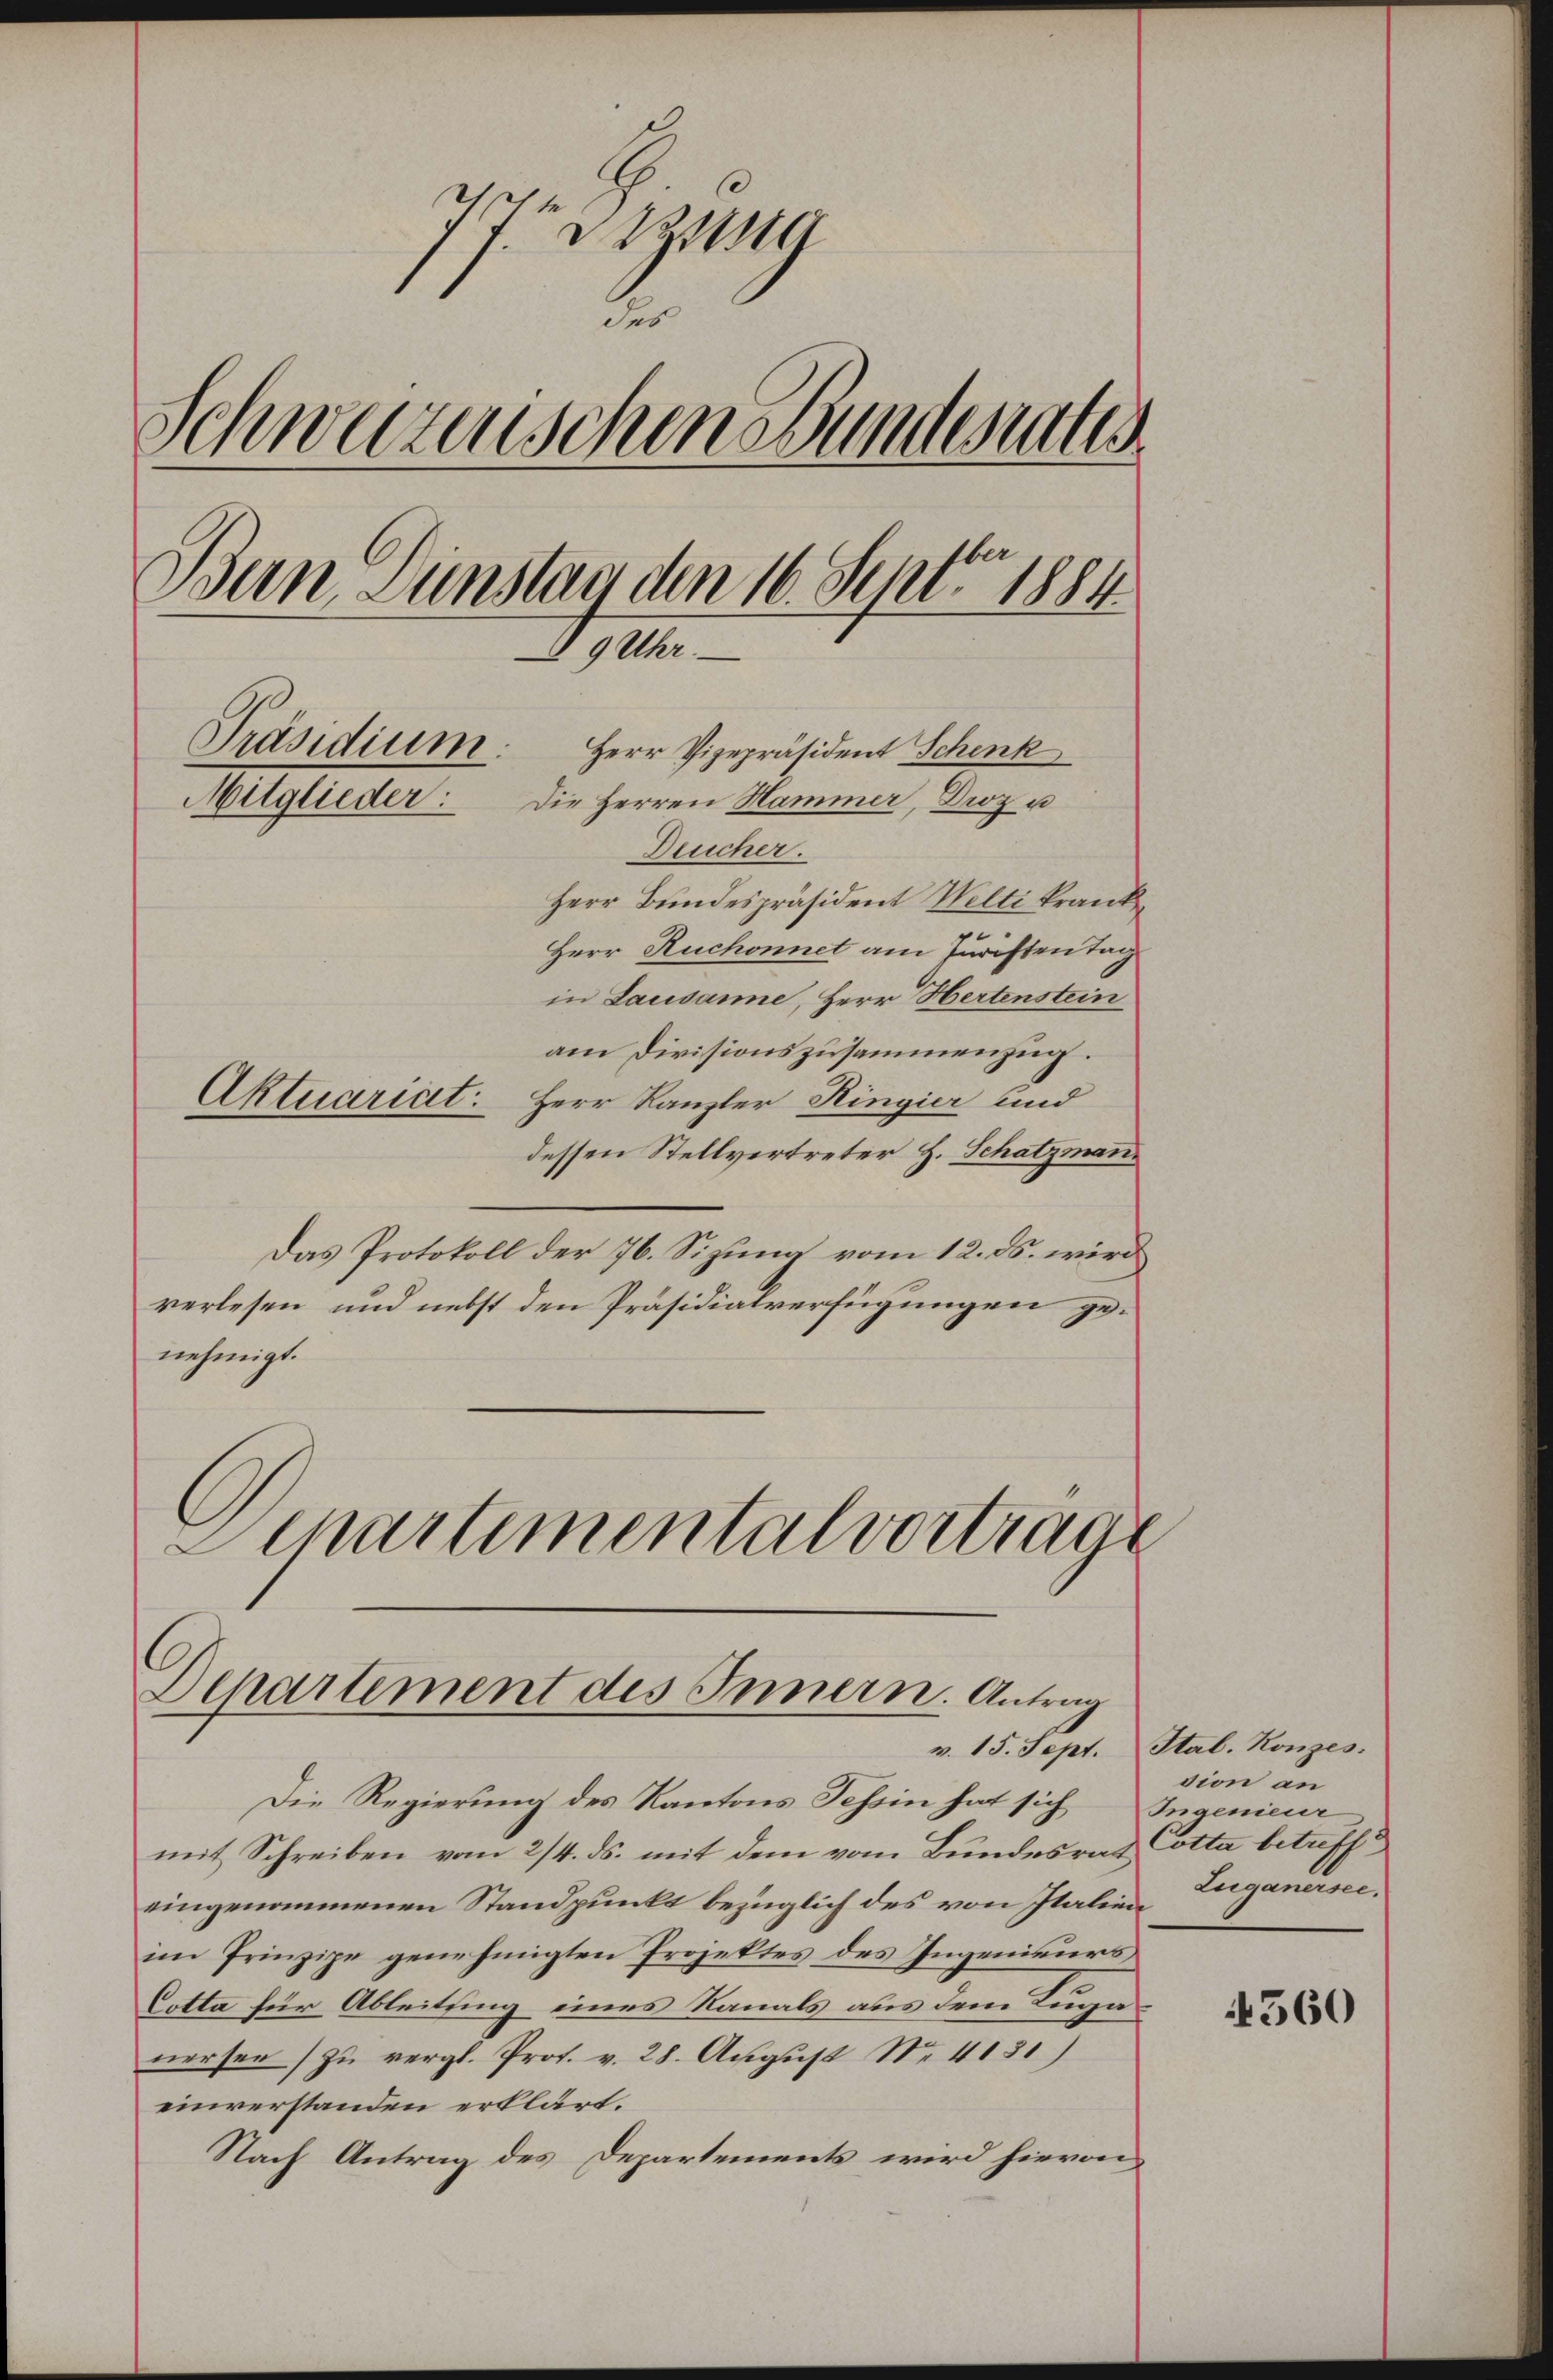
zg
des
Schweizerischen Bundesrates
San Dunstag den 16. Sept. 1884
§ 9 Uhr.
Präsidium
Herr Vizepräsident Schenk
Mitglieder: Die Herren Hammer, Droz u
Deucher.
Herr Bundespräsident Welti kranke
Herr Ruchonnet am Juristen Tag
in Lausanne, Herr Hertenstein

am Divisionszusammenzug.
Aktuariat: Herr Kanzler Ringier und
dessen Stellvertreter H. Schatzman
Das Protokoll der 76. Sizung vom 12. ds. wird
verlesen, und nebst den Präsidialverfügungen genehmigt.
Departemental vortrage

Departement des Innern. Antrag

mit Schreiben vom 2/4. ds. mit dem vom Bŭndesrat Cotta betreffe
eingenommenen Standpunkt bezüglich des von Italien Zuganersee
im Prinzipe genehmigten Projektes des Ingenieurs
Cotta für Ableitsing eines Kanals aus dem Luganersen zŭ vergl. Prof. v. 28. August Nr. 4131)
einverstanden erklärt.
Nach Antrag des Departements wird hievon

Die Regierung des Kantons Tessin hat sich Ingenieur

v. 15. Sept. Stal. Konzes.
sion an

560